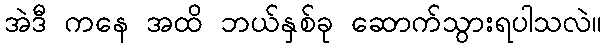
အဲဒီ ကနေ အထိ ဘယ်နှစ်ခု ဆောက်သွားရပါသလဲ။